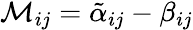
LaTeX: \mathcal{M}_{ij}=\tilde{\alpha}_{ij}-\beta_{ij}